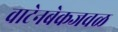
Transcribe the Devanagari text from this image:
वाटेनबेकजवळ